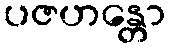
ပဇဟန္တော